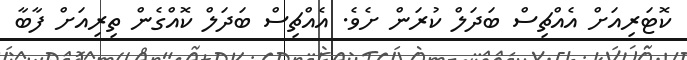
ކޮޓަރިއަށް އެއްޗިސް ބަދަލް ކުރަން ށެވެ. އެއްޗިސް ބަދަލް ކޮއްގެން ތިރިއަށް ފާބާ